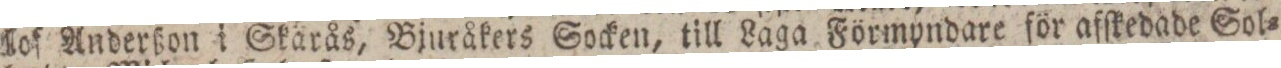
lof Anderßon i Skärås, Bjuråkers Socken, till Laga Förmyndare för afſkedade Sol=